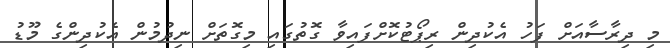
މި ދިރާސާއަށް ފަހު އެކުދިން ރިޕޯޓުކޮށްފައިވާ ގޮތުގައި މިގޮތަށް ނިދުމުން އެކުދިންގެ މޫޑު